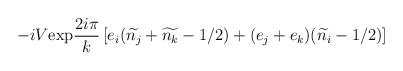
LaTeX: \begin{align*}-iV\mbox{exp}\frac{2i\pi}{k}\left[e_{i}(\widetilde{n_{j}}+\widetilde{n_{k}}-1/2)+(e_{j}+e_{k})(\widetilde{n_{i}}-1/2)\right]\end{align*}